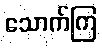
သောက်ကြ